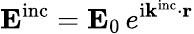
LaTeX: \mathbf{E}^{\mathrm{inc}}=\mathbf{E}_{0}\, e^{\mathrm{i}\mathbf{k}^{\mathrm{inc}}\cdot\mathbf{r}}